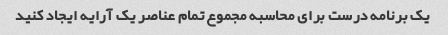
یک برنامه درست برای محاسبه مجموع تمام عناصر یک آرایه ایجاد کنید